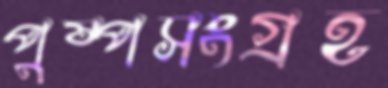
পুষ্পসংগ্রহ